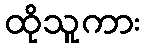
ထိုသူကား